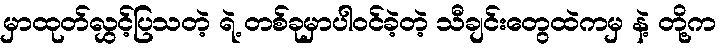
မှာထုတ်လွှင့်ပြသတဲ့ ရဲ့ တစ်ခုမှာပါဝင်ခဲ့တဲ့ သီချင်းတွေထဲကမှ နဲ့ တို့က